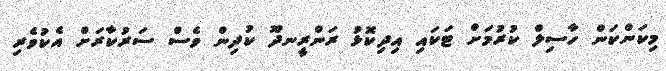
މިކަންކަން ހާސިލް ކުރުމަށް ޓަކައި އިދިކޮޅު ރަންރީނދޫ ކުދިން ވެސް ސަރުކާރަށް އެކުވެރި